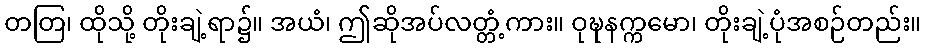
တတြ၊ ထိုသို့ တိုးချဲ့ရာ၌။ အယံ၊ ဤဆိုအပ်လတ္တံ့ကား။ ဝုဍ္ဎနက္ကမော၊ တိုးချဲ့ပုံအစဉ်တည်း။